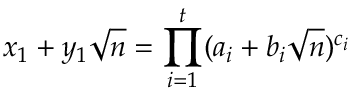
x _ { 1 } + y _ { 1 } { \sqrt { n } } = \prod _ { i = 1 } ^ { t } ( a _ { i } + b _ { i } { \sqrt { n } } ) ^ { c _ { i } }